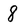
Character: 8